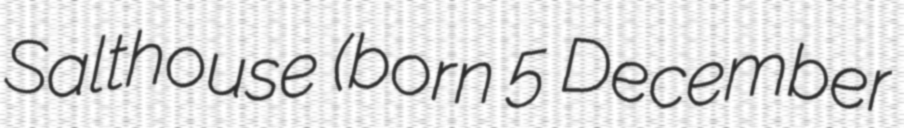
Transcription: Salthouse (born 5 December